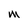
Character: M